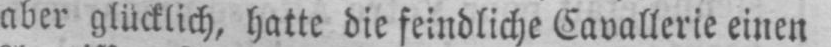
aber glücklich, hatte die feindliche Cavallerie einen